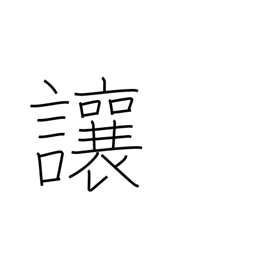
Meaning: allow